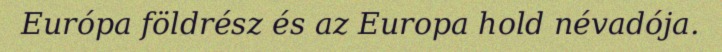
Európa földrész és az Europa hold névadója.